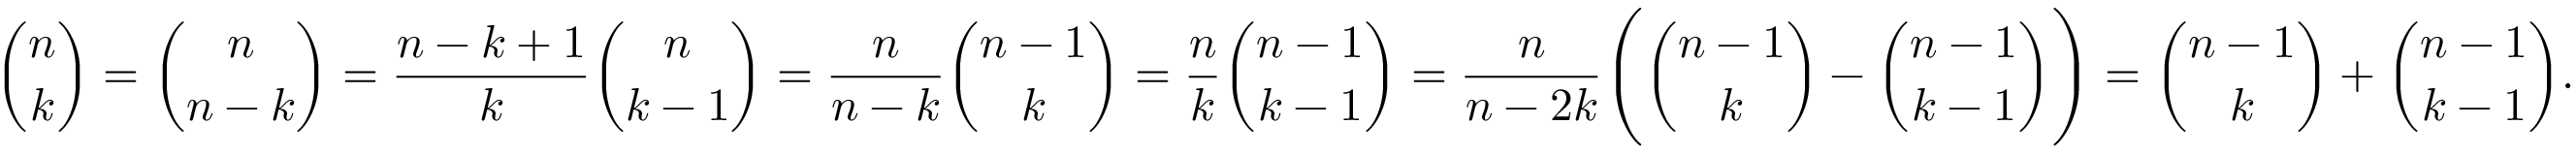
{ \binom { n } { k } } = { \binom { n } { n - k } } = { \frac { n - k + 1 } { k } } { \binom { n } { k - 1 } } = { \frac { n } { n - k } } { \binom { n - 1 } { k } } = { \frac { n } { k } } { \binom { n - 1 } { k - 1 } } = { \frac { n } { n - 2 k } } { \Bigg ( } { \binom { n - 1 } { k } } - { \binom { n - 1 } { k - 1 } } { \Bigg ) } = { \binom { n - 1 } { k } } + { \binom { n - 1 } { k - 1 } } .